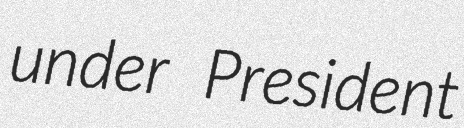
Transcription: under President